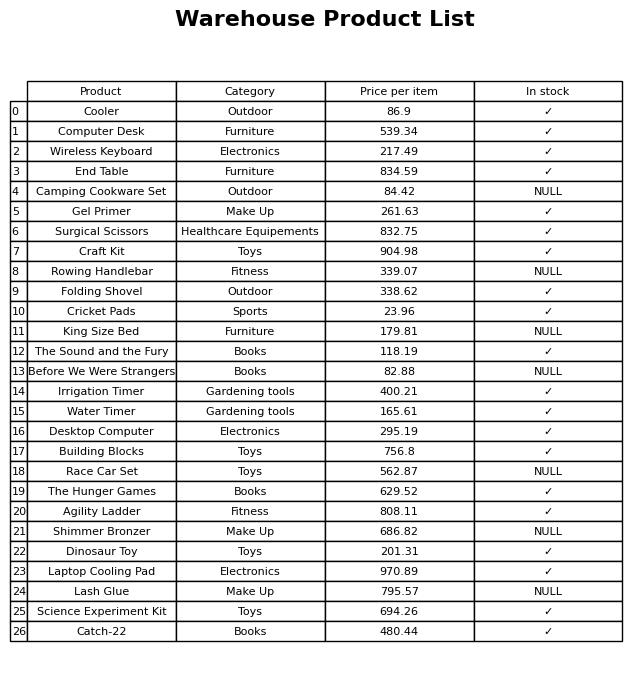
question: What is the price of the Shimmer Bronzer?
answer: The price of Shimmer Bronzer is 686.82.